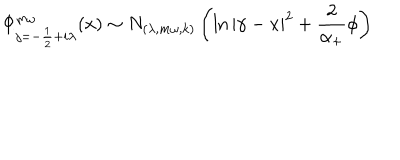
\Phi _ { j = - \frac 1 2 + i \lambda } ^ { m \omega } ( x ) \sim N _ { ( \lambda , m \omega , k ) } \left( \ln \left| \gamma - x \right| ^ { 2 } + \frac 2 { \alpha _ { + } } \phi \right)